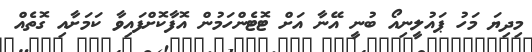
މިދިޔަ މަހު ޕައުލީނިއޯ ބުނީ އޭނާ އަށް ޓޮޓެންހަމުން އޮފާކޮށްފައިވާ ކަމަށާއި ގޮތެއް